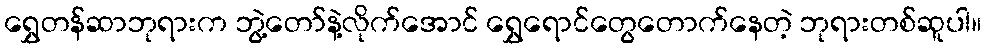
ရွှေတန်ဆာဘုရားက ဘွဲ့တော်နဲ့လိုက်အောင် ရွှေရောင်တွေတောက်နေတဲ့ ဘုရားတစ်ဆူပါ။